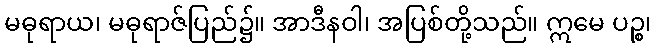
မဓုရာယ၊ မဓုရာဇ်ပြည်၌။ အာဒီနဝါ၊ အပြစ်တို့သည်။ ဣမေ ပဉ္စ၊